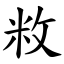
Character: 敉